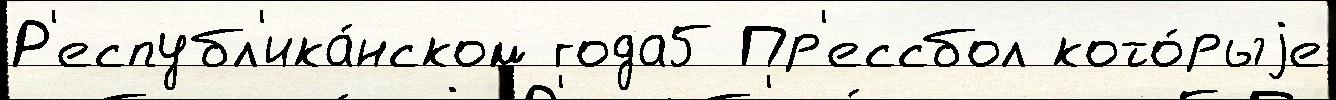
Р'еспубл'ика́нском года5 Пр'ессбол кото́рыjе